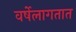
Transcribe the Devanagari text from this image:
वर्षेलागतात